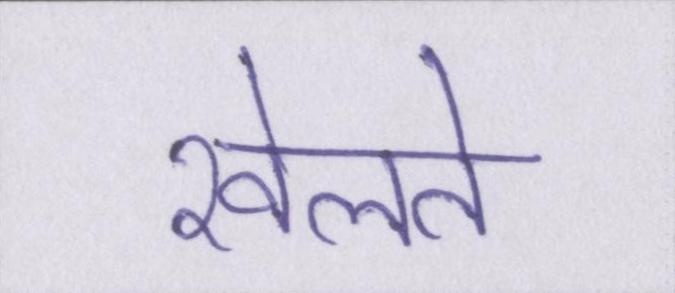
खेलते